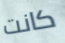
كانت